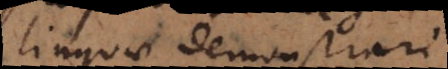
linguae demonstrari